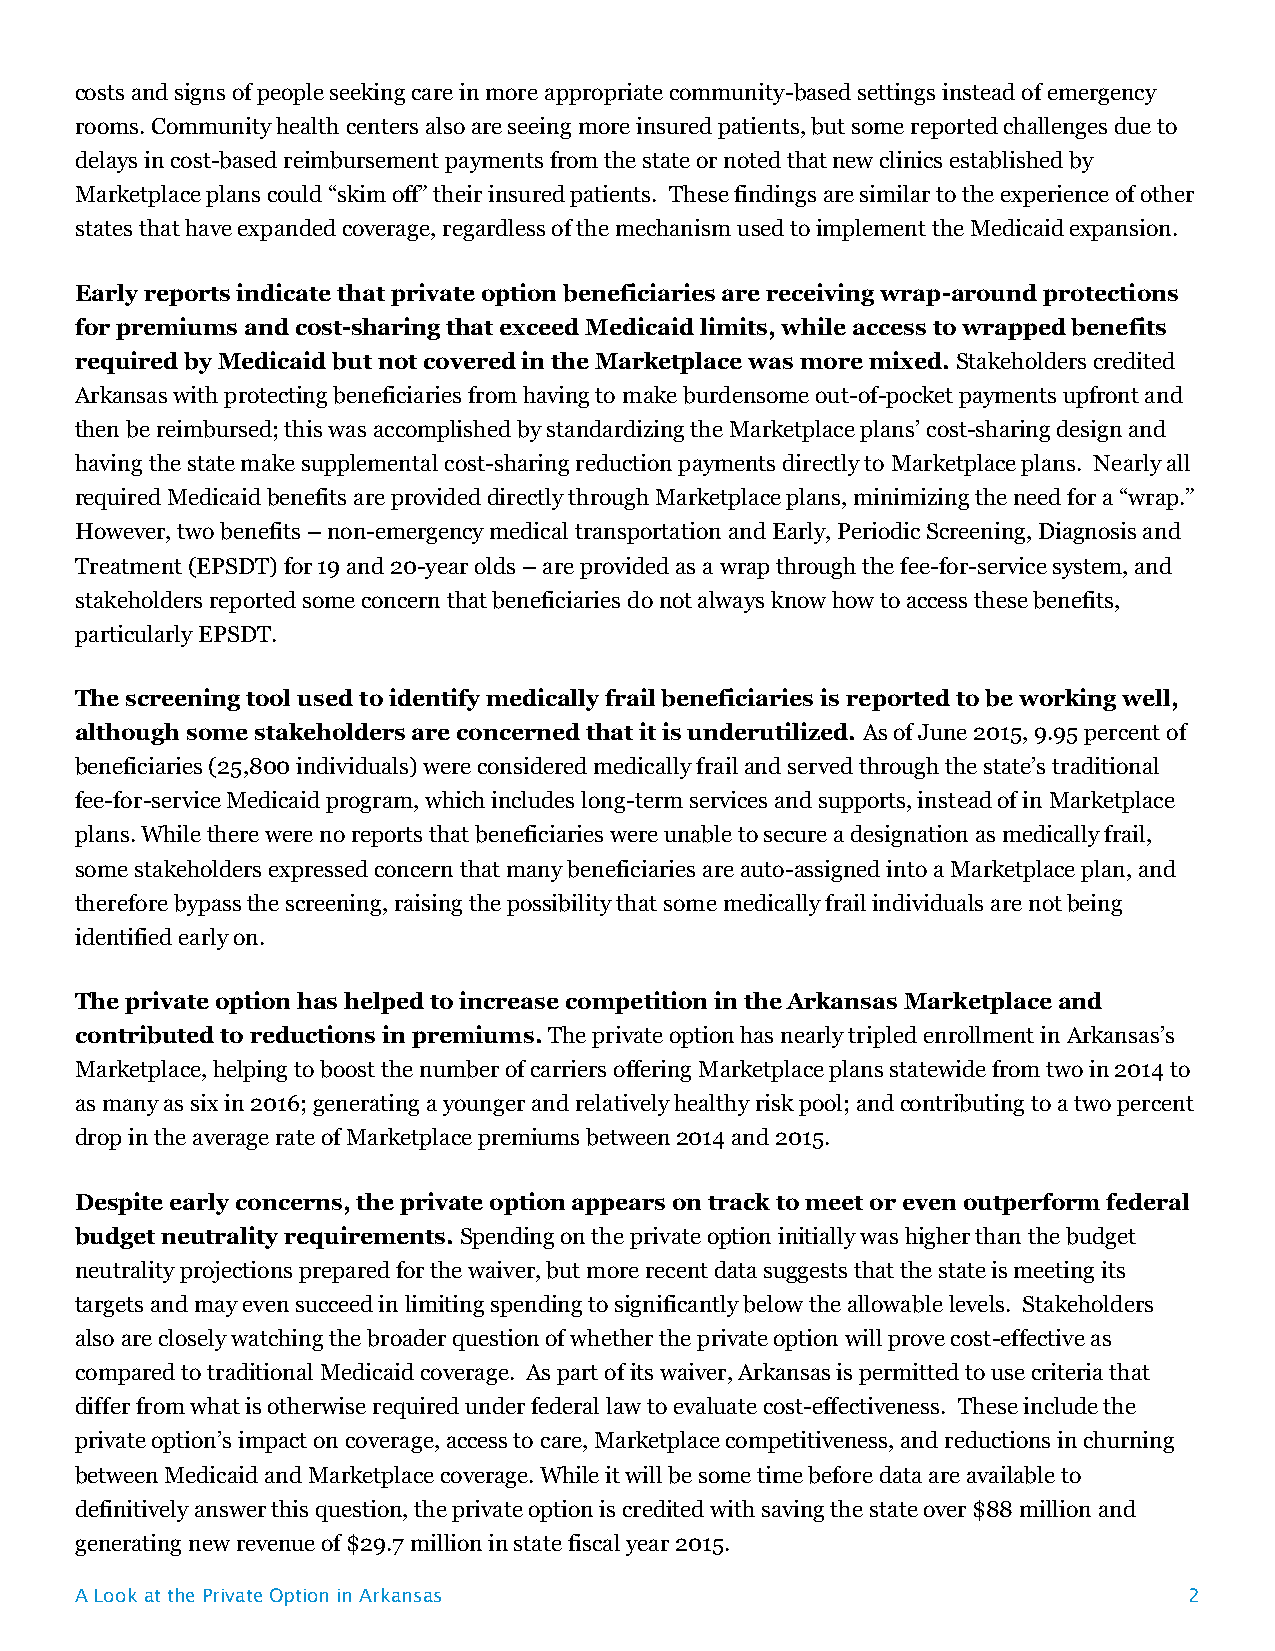
costs and signs of people seeking care in more appropriate community-based settings instead of emergency
 rooms. Community health centers also are seeing more insured patients, but some reported challenges due to
 delays in cost-based reimbursement payments from the state or noted that new clinics established by
 Marketplace plans could “skim off” their insured patients. These findings are similar to the experience of other
 states that have expanded coverage, regardless of the mechanism used to implement the Medicaid expansion.
 Early reports indicate that private option beneficiaries are receiving wrap-around protections
 for premiums and cost-sharing that exceed Medicaid limits, while access to wrapped benefits
 required by Medicaid but not covered in the Marketplace was more mixed. Stakeholders credited
 Arkansas with protecting beneficiaries from having to make burdensome out-of-pocket payments upfront and
 then be reimbursed; this was accomplished by standardizing the Marketplace plans’ cost-sharing design and
 having the state make supplemental cost-sharing reduction payments directly to Marketplace plans. Nearly all
 required Medicaid benefits are provided directly through Marketplace plans, minimizing the need for a “wrap.”
 However, two benefits – non-emergency medical transportation and Early, Periodic Screening, Diagnosis and
 Treatment (EPSDT) for 19 and 20-year olds – are provided as a wrap through the fee-for-service system, and
 stakeholders reported some concern that beneficiaries do not always know how to access these benefits,
 particularly EPSDT.
 The screening tool used to identify medically frail beneficiaries is reported to be working well,
 although some stakeholders are concerned that it is underutilized. As of June 2015, 9.95 percent of
 beneficiaries (25,800 individuals) were considered medically frail and served through the state’s traditional
 fee-for-service Medicaid program, which includes long-term services and supports, instead of in Marketplace
 plans. While there were no reports that beneficiaries were unable to secure a designation as medically frail,
 some stakeholders expressed concern that many beneficiaries are auto-assigned into a Marketplace plan, and
 therefore bypass the screening, raising the possibility that some medically frail individuals are not being
 identified early on.
 The private option has helped to increase competition in the Arkansas Marketplace and
 contributed to reductions in premiums. The private option has nearly tripled enrollment in Arkansas’s
 Marketplace, helping to boost the number of carriers offering Marketplace plans statewide from two in 2014 to
 as many as six in 2016; generating a younger and relatively healthy risk pool; and contributing to a two percent
 drop in the average rate of Marketplace premiums between 2014 and 2015.
 Despite early concerns, the private option appears on track to meet or even outperform federal
 budget neutrality requirements. Spending on the private option initially was higher than the budget
 neutrality projections prepared for the waiver, but more recent data suggests that the state is meeting its
 targets and may even succeed in limiting spending to significantly below the allowable levels. Stakeholders
 also are closely watching the broader question of whether the private option will prove cost-effective as
 compared to traditional Medicaid coverage. As part of its waiver, Arkansas is permitted to use criteria that
 differ from what is otherwise required under federal law to evaluate cost-effectiveness. These include the
 private option’s impact on coverage, access to care, Marketplace competitiveness, and reductions in churning
 between Medicaid and Marketplace coverage. While it will be some time before data are available to
 definitively answer this question, the private option is credited with saving the state over $88 million and
 generating new revenue of $29.7 million in state fiscal year 2015.
 A Look at the Private Option in Arkansas                                  2